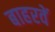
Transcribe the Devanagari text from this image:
बाहरवें